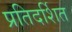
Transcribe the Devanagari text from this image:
प्रतिदर्शित